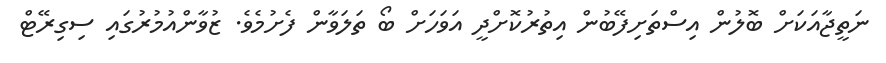
ނަތީޖާއަކަށް ބޮލުން އިސްތަށިފޭބުން އިތުރުކޮށްދީ އަވަހަށް ބޯ ތަލަވާން ފެށުމެވެ. ޒުވާންއުމުރުގައި ސިގިރޭޓް